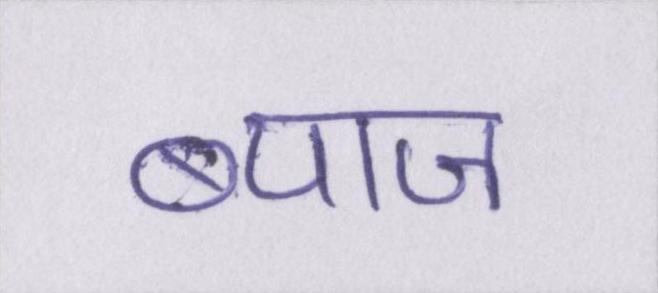
ब्याज